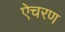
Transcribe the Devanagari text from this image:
ऐचरण